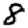
Digit: 8